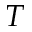
T